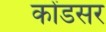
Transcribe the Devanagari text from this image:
कोंडसर